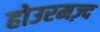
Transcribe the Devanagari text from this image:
होउरमज़्द